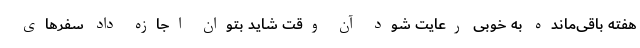
هفته باقی‌مانده به خوبی رعایت شود آن وقت شاید بتوان اجازه داد سفرهای